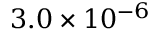
3 . 0 \times 1 0 ^ { - 6 }